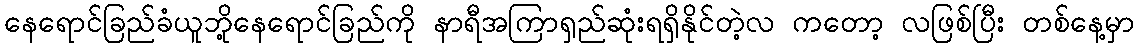
နေရောင်ခြည်ခံယူဘို့နေရောင်ခြည်ကို နာရီအကြာရှည်ဆုံးရရှိနိုင်တဲ့လ ကတော့ လဖြစ်ပြီး တစ်နေ့မှာ